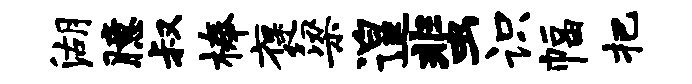
湖臆叔榛褒梁遑蜚识幅把